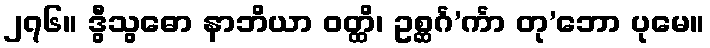
၂၇၆။ ဒွီသွဓော နာဘိယာ ဝတ္ထိ၊ ဥစ္ဆင်္ဂ’င်္ကာ တု’ဘော ပုမေ။